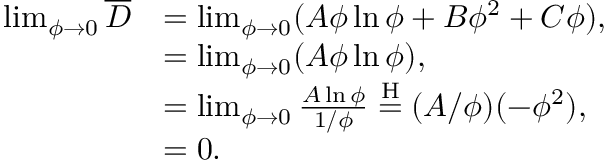
\begin{array} { r l } { \operatorname* { l i m } _ { \phi \to 0 } \overline { { D } } } & { = \operatorname* { l i m } _ { \phi \to 0 } ( A \phi \ln \phi + B \phi ^ { 2 } + C \phi ) , } \\ & { = \operatorname* { l i m } _ { \phi \to 0 } ( A \phi \ln \phi ) , } \\ & { = \operatorname* { l i m } _ { \phi \to 0 } \frac { A \ln \phi } { 1 / \phi } \stackrel { \mathrm { H } } { = } ( A / \phi ) ( - \phi ^ { 2 } ) , } \\ & { = 0 . } \end{array}